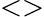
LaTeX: <>